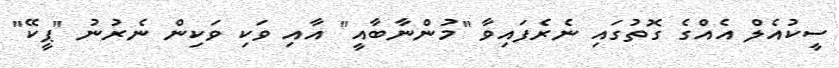
ސީކުއެލް އެއްގެ ގޮތުގައި ނެރެފައިވާ "މުންނާބާއީ" އާއި ވަކި ވަކިން ނެރުނު "ޕީކޭ"